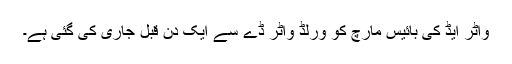
واٹر ایڈ کی بائیس مارچ کو ورلڈ واٹر ڈے سے ایک دن قبل جاری کی گئی ہے۔